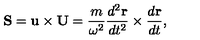
{ \bf S } = { \bf u } \times { \bf U } = { \frac { m } { \omega ^ { 2 } } } { \frac { d ^ { 2 } { \bf r } } { d t ^ { 2 } } } \times { \frac { d { \bf r } } { d t } } ,